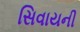
સિવાયની